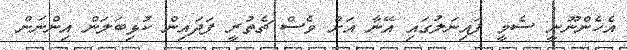
އެހެންނޫނީ ސެމީ ފައިނަލުގައި އޭނާ އަށް ވެސް ޗެތުރީ ފަދައިން ކުޅިބަލަން އިންނަން